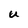
Character: U